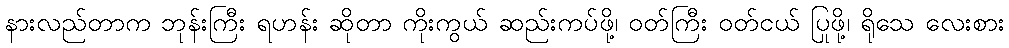
နားလည်တာက ဘုန်းကြီး ရဟန်း ဆိုတာ ကိုးကွယ် ဆည်းကပ်ဖို့၊ ဝတ်ကြီး ဝတ်ငယ် ပြုဖို့၊ ရိုသေ လေးစား